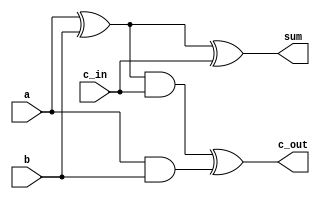
module adder(a,b,c_in,sum,c_out);
	input a,b,c_in;
	output sum,c_out;
	
	wire s1,s2,c1;
	
	xor x1 (s1,a,b);
	and a1 (c1,a,b);
	xor x2 (sum,s1,c_in);
	and a2 (s2,s1,c_in);
	xor x3 (c_out,s2,c1);
	
endmodule